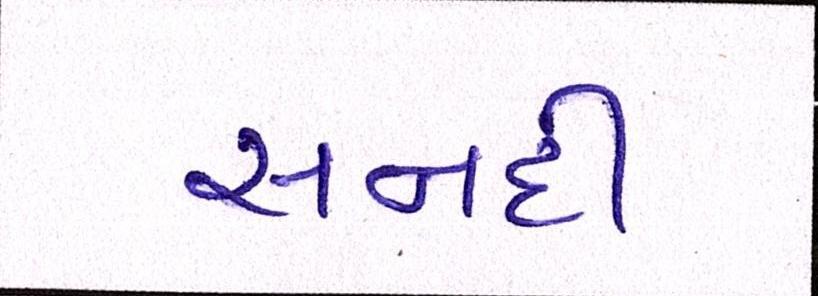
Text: સનદી